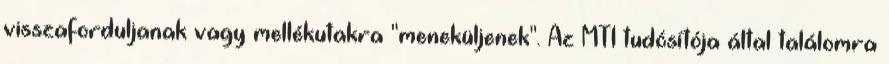
visszaforduljanak vagy mellékutakra "meneküljenek". Az MTI tudósítója által találomra